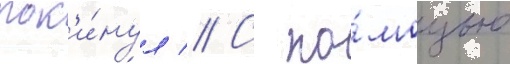
пок'и́нул // С по́мощью